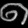
Digit: ၈